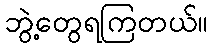
ဘွဲ့တွေရကြတယ်။